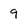
Character: 9